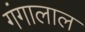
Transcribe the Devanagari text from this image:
गंगालाल